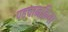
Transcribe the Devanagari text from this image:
पहचानक्रिया